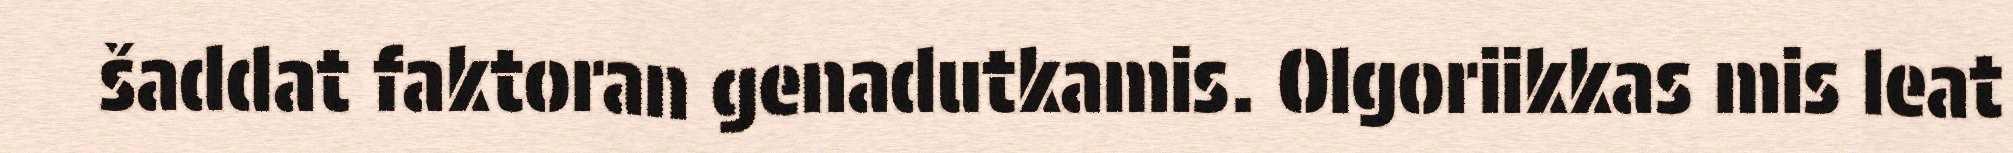
šaddat faktoran genadutkamis. Olgoriikkas mis leat